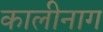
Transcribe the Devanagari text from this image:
कालीनाग